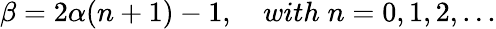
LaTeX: \beta=2\alpha(n+1)-1,\quad with\; n=0,1,2,...